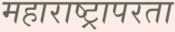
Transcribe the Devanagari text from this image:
महाराष्ट्रापरता